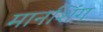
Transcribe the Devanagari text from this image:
मानशिंग